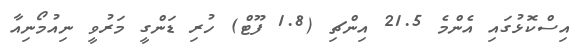
އިސްކޮޅުގައި އެންމެ 21.5 އިންޗި (1.8 ފޫޓް) ހުރި ޑަންގީ މަރުވީ ނިއުމޯނިއާ